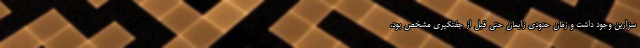
سزارین وجود داشت و زمان حدودی زایمان حتی قبل از جفتگیری مشخص بود،